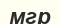
мгр